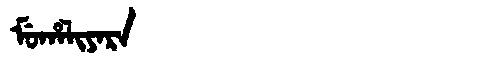
Manchu: ᠮᡠᡥᠠᠯᡳᠶᠠᡵᠠ
Romanization: MUHALIYARA